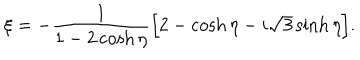
\xi = - \frac { 1 } { 1 - 2 \cosh \eta } \Bigl [ 2 - \cosh \eta - i \sqrt { 3 } \sinh \eta \Bigr ] .